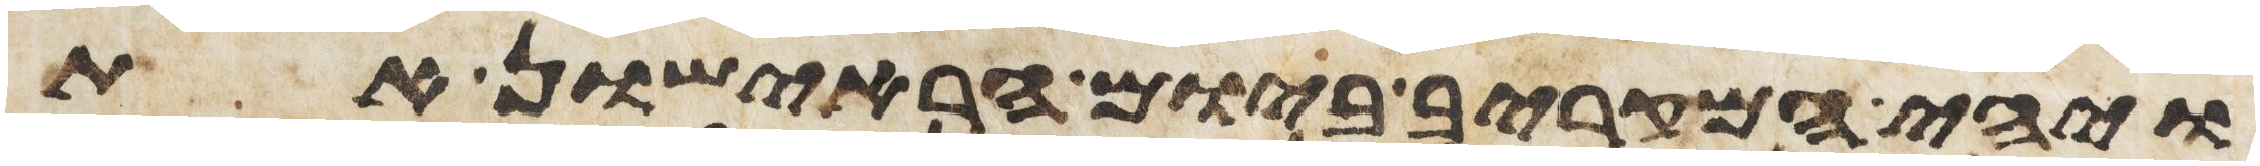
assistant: ויהי המקריב ביום הראישון את